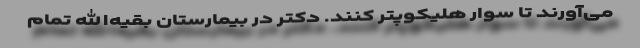
می‌آورند تا سوار هلیکوپتر کنند. دکتر در بیمارستان بقیه‌الله تمام